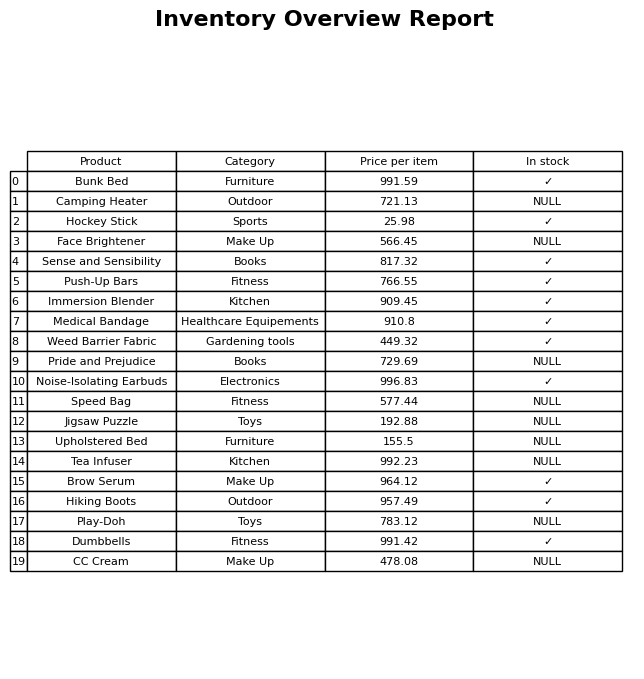
question: What is the price for Play-Doh?
answer: The price of Play-Doh is 783.12.